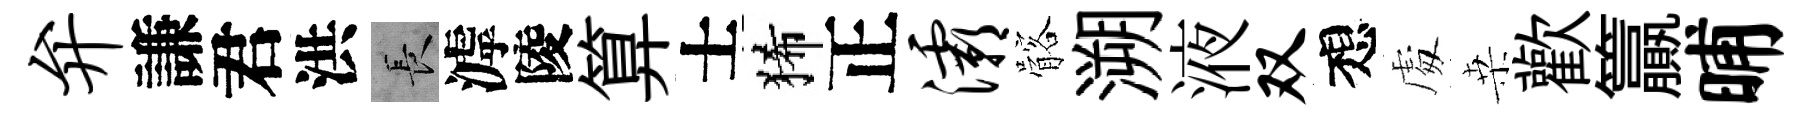
弁謙君洪长滹陵算士狶正灞髂溯液双想䖏桒歡籯晡